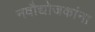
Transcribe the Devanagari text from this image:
नवौद्योजकांना